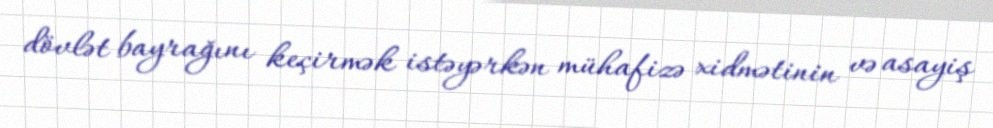
dövlət bayrağını keçirmək istəyərkən mühafizə xidmətinin və asayiş